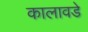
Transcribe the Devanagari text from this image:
कालावडे